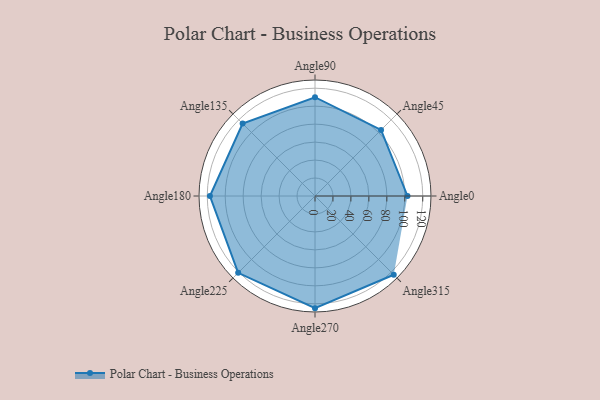
{"axis": {"x": "Angle", "y": "Radius"}, "legend": [""], "data": [{"x": "Angle0", "y": 103.0, "type": ""}, {"x": "Angle45", "y": 104.0, "type": ""}, {"x": "Angle90", "y": 110.0, "type": ""}, {"x": "Angle135", "y": 114.0, "type": ""}, {"x": "Angle180", "y": 117.0, "type": ""}, {"x": "Angle225", "y": 121.0, "type": ""}, {"x": "Angle270", "y": 125.0, "type": ""}, {"x": "Angle315", "y": 124.0, "type": ""}]}